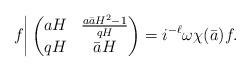
LaTeX: \begin{align*}{} f \bigg| \begin{pmatrix} aH & \frac{a\bar{a} H^2-1}{qH} \\ qH & \bar{a} H \\\end{pmatrix} = i^{-\ell}\omega\chi(\bar{a})f . \end{align*}